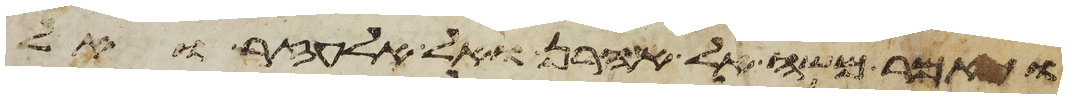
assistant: ויאמר משה אל אהרן ואל אלעזר ואל